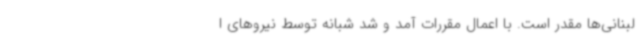
لبنانی‌ها مقدر است. با اعمال مقررات آمد و شد شبانه توسط نیروهای ا